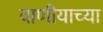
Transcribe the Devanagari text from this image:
वाणीयाच्या